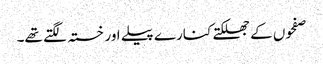
صفحوں کے جھلکتے کنارے پیلے اور خستہ لگتے تھے۔